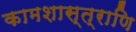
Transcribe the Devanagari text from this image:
कामशास्त्राणि